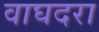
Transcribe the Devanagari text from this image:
वाघदरा